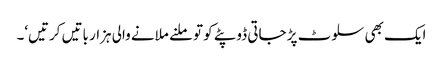
ایک بھی سلوٹ پڑ جاتی ڈوپٹے کو تو ملنے ملانے والی ہزار باتیں کرتیں‘۔